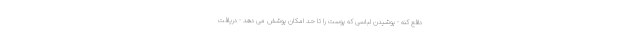
دافع کنه - پوشیدن لباسی که پوست را تا حد امکان پوشش می دهد - دریافت